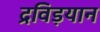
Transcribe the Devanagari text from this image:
द्रविड़यान